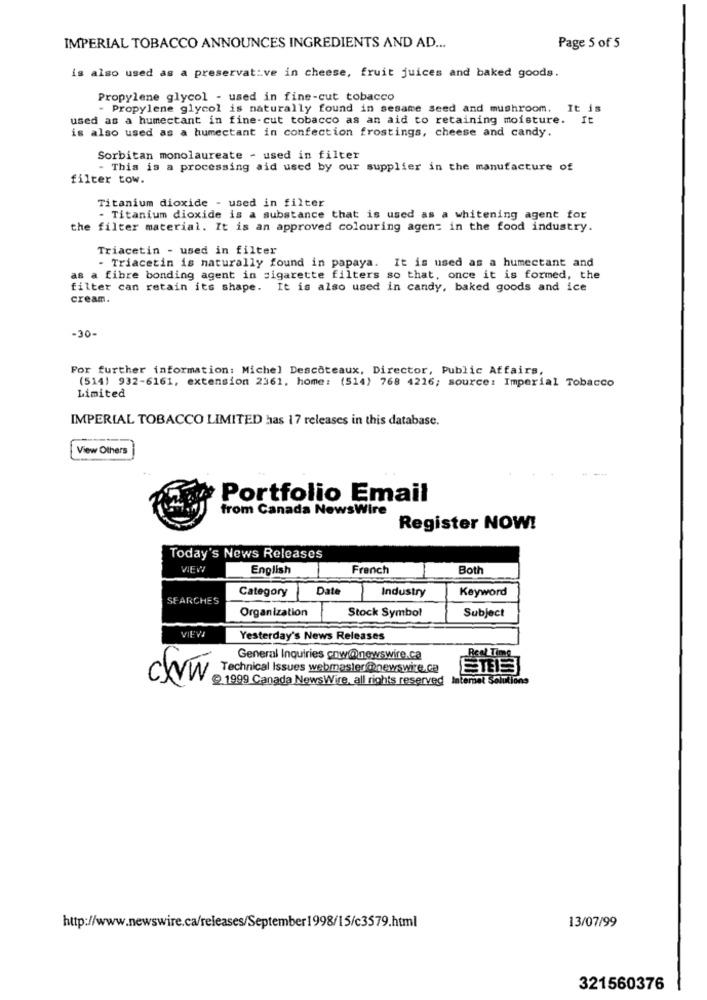
IMPERIAL TOBACCO ANNOUNCES INGREDIENTS AND AD ...
Page 5 of 5
is also used as a preservative in cheese, fruit juices and baked goods.
Propylene glycol - used in fine-cut tobacco
- Propylene glycol is naturally found in sesame seed and mushroom.
It is
used as a humectant in fine-cut tobacco as an aid to retaining moisture. It
is also used as a humectant in confection frostings, cheese and candy.
Sorbitan monolaureate - used in filter
- This is a processing aid used by our supplier in the manufacture of
filter tow.
Titanium dioxide - used in filter
. Titanium dioxide is a substance that is used as a whitening agent for
the filter material. It is an approved colouring agent in the food industry.
Triacetin - used in filter
- Triacetin is naturally found in papaya. It is used as a humectant and
as a fibre bonding agent in sigarette filters so that, once it is formed, the
filter can retain its shape. It is also used in candy, baked goods and ice
cream.
-30-
For further information: Michel Descoteaux, Director, Public Affairs,
(514) 932-6161, extension 2361, home: (514) 768 4216; source: Imperial Tobacco
Limited
IMPERIAL TOBACCO LIMITED has 17 releases in this database.
View Others
Portfolio Email
from Canada NewsWire
Register NOW!
Today's News Releases
VIEW
English
French
Both
Category
Date
Industry
Keyword
SEARCHES
Organization
Stock Symbol
Subject
VIEV
Yesterday's News Releases
General Inquiries cow@newswire.ca
Real Time
Technical Issues webmaster@newswire.ca
ETEI
ckvw
. 1999 Canada NewsWire, all rights reserved Intemet Solutions
13/07/99
http://www.newswire.ca/releases/September1998/15/c3579.html
321560376